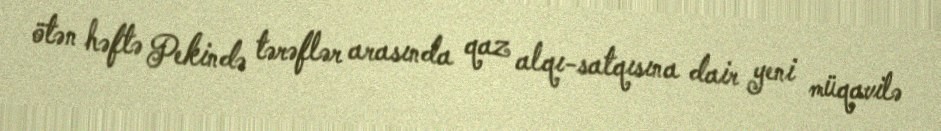
ötən həftə Pekində tərəflər arasında qaz alqı-satqısına dair yeni müqavilə